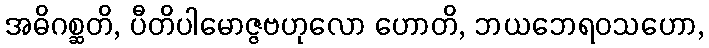
အဓိဂစ္ဆတိ, ပီတိပါမောဇ္ဇဗဟုလော ဟောတိ, ဘယဘေရဝသဟော,